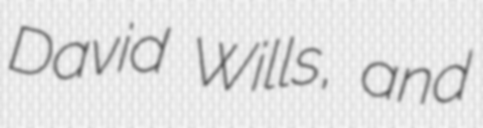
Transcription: David Wills, and